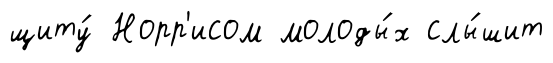
щиту́ Норр'исом молоды́х слы́шит